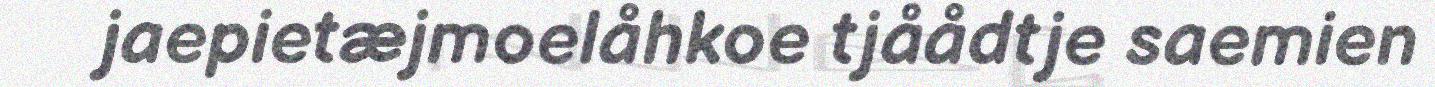
jaepietæjmoelåhkoe tjåådtje saemien